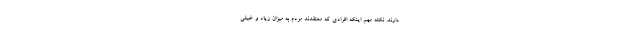
دارند. نکته مهم اینکه افرادی که معتقدند مردم به میزان زیاد و خیلی